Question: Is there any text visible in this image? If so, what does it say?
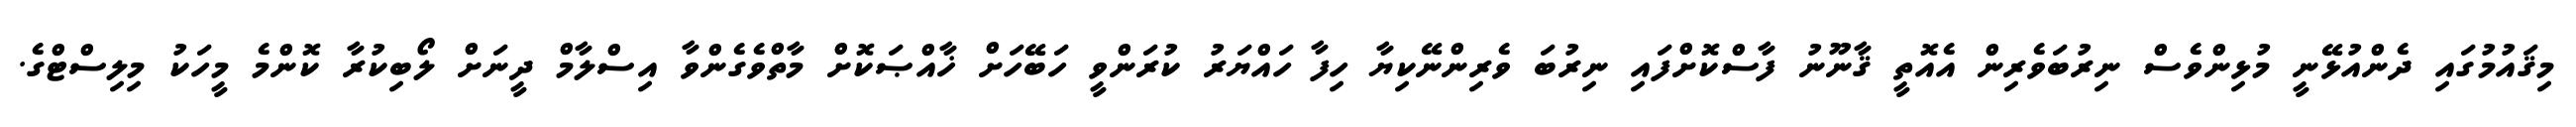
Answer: މިޤައުމުގައި ދެންއުޅޭނީ މުޅިންވެސް ނިރުބަވެރިން އެއޮތީ ޤާނޫނު ފާސްކޮށްފައި ނިރުބަ ވެރިންނޭކިޔާ ހިފާ ހައްޔަރު ކުރަންވީ ހަބޭހަށް ޚާއްޞަކޮށް މާތްވެގެންވާ އިސްލާމް ދީނަށް ލޯބިކުރާ ކޮންމެ މީހަކު މިލިސްޓްގެ.